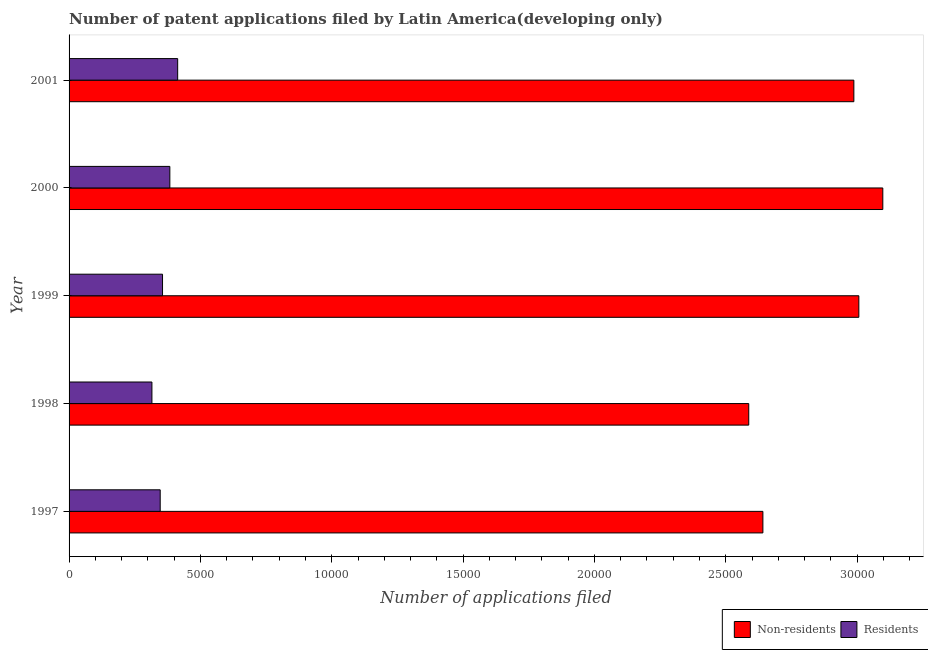
| Year | Non-residents | Residents |
 | --- | --- | --- |
 | 1997 | 2.64e+04 | 3.47e+03 |
 | 1998 | 2.59e+04 | 3.15e+03 |
 | 1999 | 3.01e+04 | 3.56e+03 |
 | 2000 | 3.1e+04 | 3.84e+03 |
 | 2001 | 2.99e+04 | 4.13e+03 |